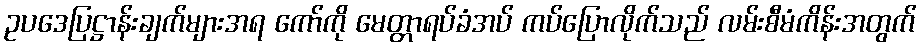
ဥပဒေပြဋ္ဌာန်းချက်များအရ ကော်ကို မေတ္တာရပ်ခံအပ် ကပ်ပြောလိုက်သည် လမ်းစီမံကိန်းအတွက်